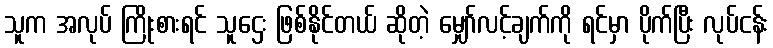
သူက အလုပ် ကြိုးစားရင် သူဌေး ဖြစ်နိုင်တယ် ဆိုတဲ့ မျှော်လင့်ချက်ကို ရင်မှာ ပိုက်ပြီး လုပ်ငန်း